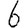
Digit: 6